Studies on the mouth parts a Comparative anatomy of the proboscis in the blood-sucking muscidae - Number 60
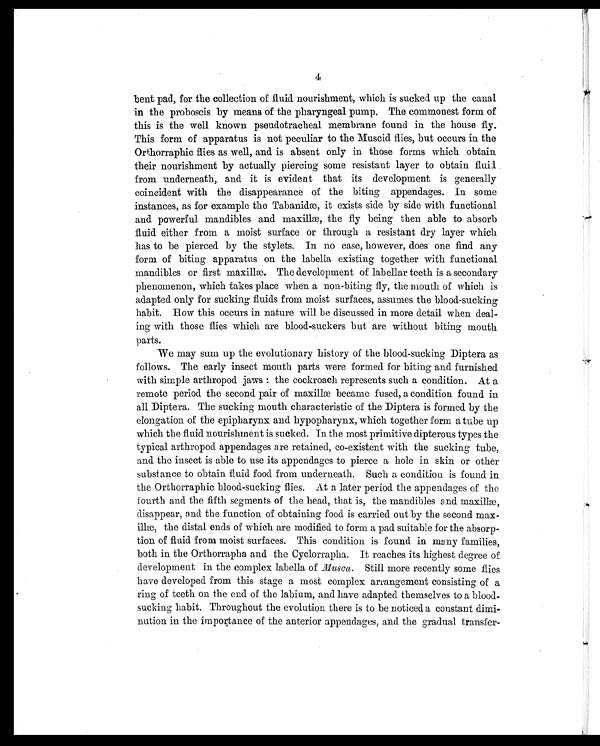
4
bent pad, for the collection of fluid nourishment, which is sucked up the canal
in the proboscis by means of the pharyngeal pump, The commonest form of
this is the well known pseudotracheal membrane found in the house fly.
This form of apparatus is not peculiar to the Muscid flies, but occurs in the
Orthorraphic flies as well, and is absent only in those forms which obtain
their nourishment by actually piercing some resistant layer to obtain fluid
from underneath, and it is evident that its development is generally
coincident with the disappearance of the biting appendages. In some
instances, as for example the Tabanidæ,, it exists side by side with functional
and powerful mandibles and maxillæ, the fly being then able to absorb
fluid either from a moist surface or through a resistant dry layer which
has to be pierced by the stylets. In no case, however, does one find any
form of biting apparatus on the labella existing together with functional
mandibles or first maxillæ. The development of labellar teeth is a secondary
phenomenon, which takes place when a non-biting fly, the mouth of which is
adapted only for sucking fluids from moist surfaces, assumes the blood-sucking
habit. How this occurs in nature will be discussed in more detail when deal-
ing with those flies which are blood-suckers but are without biting mouth
parts.
We may sum up the evolutionary history of the blood-sucking Diptera as
follows. The early insect mouth parts were formed for biting and furnished
with simple arthropod jaws: the cockroach represents such a condition. At a
remote period the second pair of maxillæ became fused, a condition found in
all Diptera. The sucking mouth characteristic of the Diptera is formed by the
elongation of the epipharynx and hypopharynx, which together form a tube up
which the fluid nourishment is sucked. In the most primitive dipterous types the
typical arthropod appendages are retained, co-existent with the sucking tube,
and the insect is able to use its appendages to pierce a hole in skin or other
substance to obtain fluid food from underneath. Such a condition is found in
the Orthorraphic blood-sucking flies. At a later period the appendages of the
fourth and the fifth segments of the head, that is, the mandibles and maxillæ,
disappear, and the function of obtaining food is carried out by the second max-
illæ, the distal ends of which are modified to form a pad suitable for the absorp-
tion of fluid from moist surfaces. This condition is found in many families,
both in the Orthorrapha and the Cyclorrapha. It reaches its highest degree of
development in the complex labella of Musca. Still more recently some flies
have developed from this stage a most complex arrangement consisting of a
ring of teeth on the end of the labium, and have adapted themselves to a blood-
sucking habit. Throughout the evolution there is to be noticed a constant dimi-
nution in the importance of the anterior appendages, and the gradual transfer-